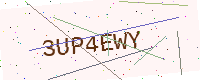
Text: 3UP4EWY